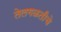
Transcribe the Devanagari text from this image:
तेलगळतीचे